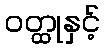
ဝတ္ထုနှင့်